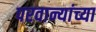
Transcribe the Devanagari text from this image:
परवान्यांच्या